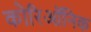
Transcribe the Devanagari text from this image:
कोरिऑनिक